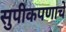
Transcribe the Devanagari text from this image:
सुपीकपणाचे